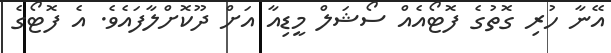
އޭނާ ހުރި ގޮތުގެ ފޮޓޯއެއް ސޯޝަލް މީޑިއާ އަށް ދޫކޮށްލާފައެވެ. އެ ފޮޓޯގެ